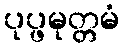
ပုပ္ဖမုတ္တမံ